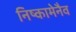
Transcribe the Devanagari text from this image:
निष्कामेनैव